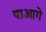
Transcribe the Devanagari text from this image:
पाआगे